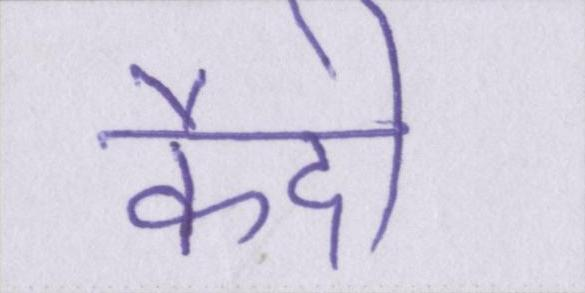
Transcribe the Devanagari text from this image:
कैदी